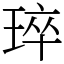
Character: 琗